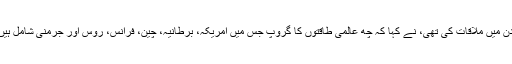
جان کیری جنہوں نے ہفتہ کو برطانوی وزیر خارجہ سے لندن میں ملاقات کی تھی، نے کہا کہ چھ عالمی طاقتوں کا گروپ جس میں امریکہ، برطانیہ، چین، فرانس، روس اور جرمنی شامل ہیں وہ ایران کے (جوہری پروگرام کے) معاملے میں متحد ہے۔